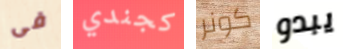
فى كجندي كونر يبدو